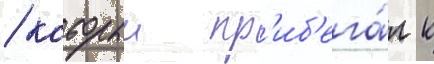
/ которыи пр'иб'ега́л к